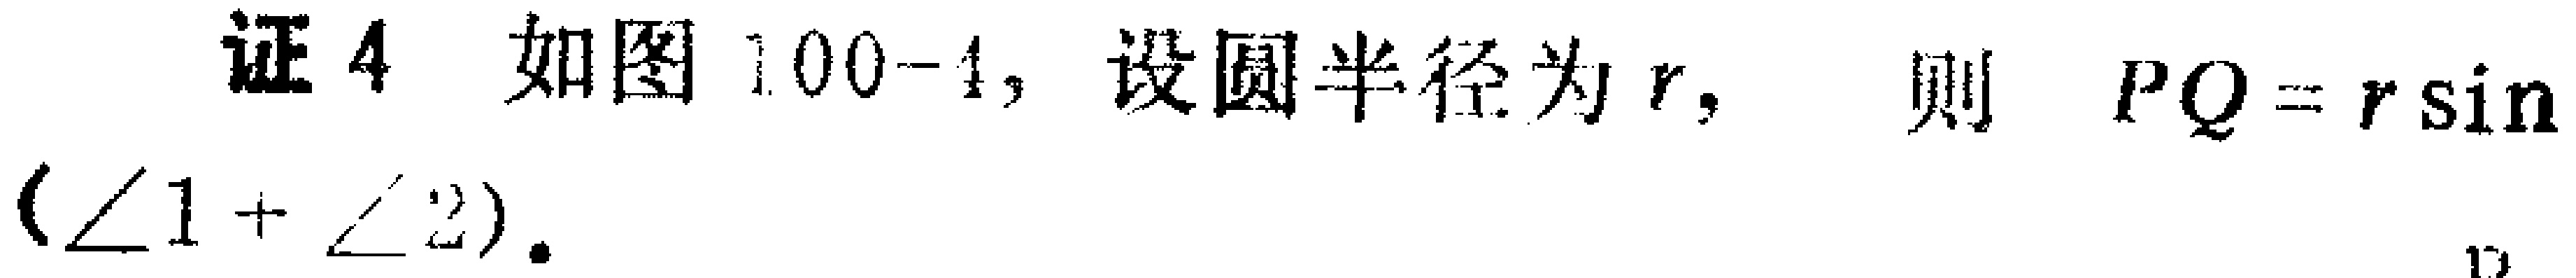
证 4 如图 100-4, 设圆半径为 \(r\), 则 \(PQ = r\sin(\angle 1+\angle 2)\).